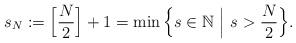
LaTeX: \begin{align*} s_N:=\Big[\frac{N}{2}\Big]+1=\min\Big\{ s\in \mathbb{N}\ \Big|\ s> \frac{N}{2}\Big\}.\end{align*}